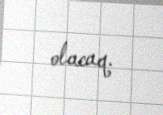
olacaq.